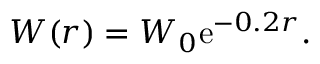
W ( r ) = W _ { 0 } \mathrm { e } ^ { - 0 . 2 r } .